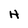
Character: H